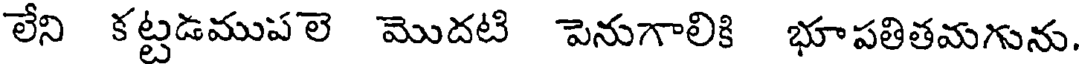
లేని కట్టడముపలె మొదటి పెనుగాలికి భూపతితమగును